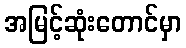
အမြင့်ဆုံးတောင်မှာ